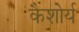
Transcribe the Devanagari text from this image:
कैशोर्य